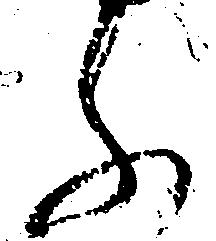
ふ